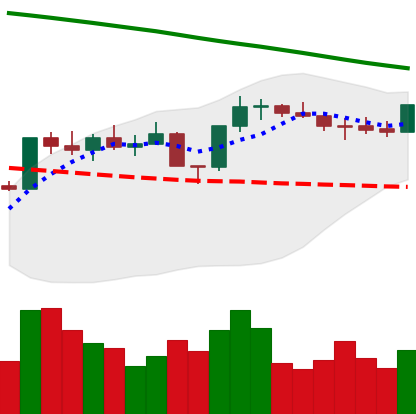
Ticker: ETH-USD
Chart end date: 2022-08-05
Forward return: 6.898%
Label: up_5_7